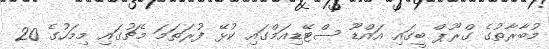
މުބާރާތުގެ ގްރޫޕް ބީގައި އައްޑޫ ސްޓޭޑިއަމްގައި ކުޅޭ ފުރަތަމަ މެޗުގައި މިމަހުގެ 20